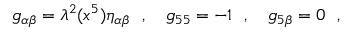
g _ { \alpha \beta } = \lambda ^ { 2 } ( x ^ { 5 } ) \eta _ { \alpha \beta } ~ ~ , ~ ~ ~ g _ { 5 5 } = - 1 ~ ~ , ~ ~ ~ g _ { 5 \beta } = 0 ~ ~ ,